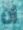
إن